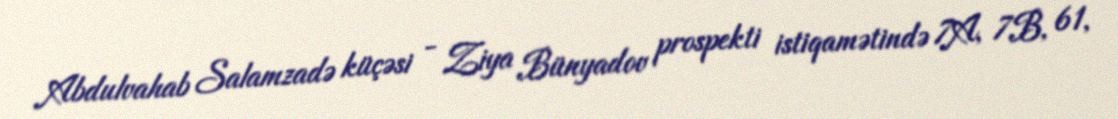
Abdulvahab Salamzadə küçəsi - Ziya Bünyadov prospekti istiqamətində 7A, 7B, 61,